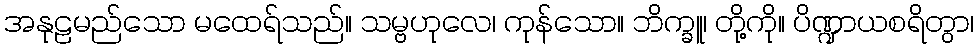
အနုဠမည်သော မထေရ်သည်။ သမ္ဗဟုလေ၊ ကုန်သော။ ဘိက္ခူ၊ တို့ကို။ ပိဏ္ဍာယစရိတွာ၊